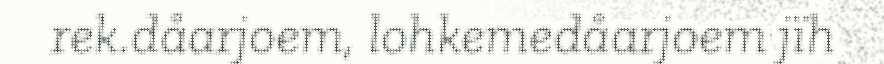
rek.dåarjoem, lohkemedåarjoem jïh